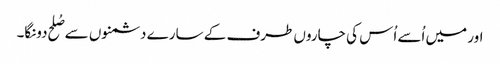
اور میں اُسے اُس کی چاروں طرف کے سارے دشمنوں سے صُلح دونگا۔